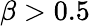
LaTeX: \beta>0.5